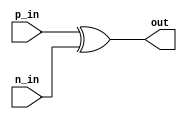
module io_differential_buffer (
    input wire p_in, // positive input signal
    input wire n_in, // negative input signal
    output reg out // single-ended output signal
);

// adjust gain, slew rate control, ESD protection, etc

assign out = p_in ^ n_in; // differential to single-ended conversion

endmodule